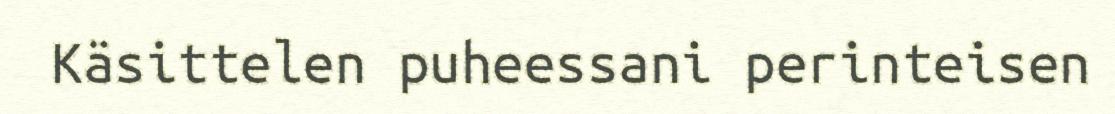
Käsittelen puheessani perinteisen